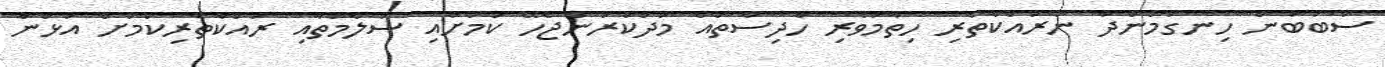
ސަބަބުން ހިނގަމުންދާ ނުރައްކާތެރި ހިތާމަވެރި ހާދިސާތައް މަދުކުރަންޖެހޭ ކަމަށާއި ސަލާމަތާއި ރައްކާތެރިކަމަށް އަޅަން